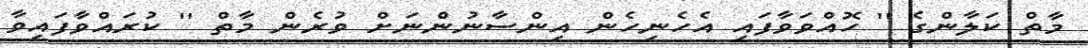
މާތް ކަލާންގެ '' ހޮއްވަވާފައި އެހެނިހެން އިންސާނުންނަށް ވުރެން މާތް '' ކުރައްވާފައިވާ